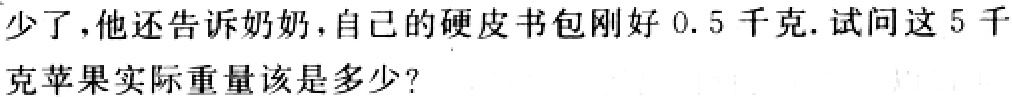
少了，他还告诉奶奶，自己的硬皮书包刚好0.5千克. 试问这5千克苹果实际重量该是多少？